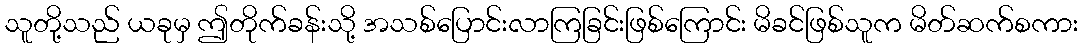
သူတို့သည် ယခုမှ ဤတိုက်ခန်းသို့ အသစ်ပြောင်းလာကြခြင်းဖြစ်ကြောင်း မိခင်ဖြစ်သူက မိတ်ဆက်စကား